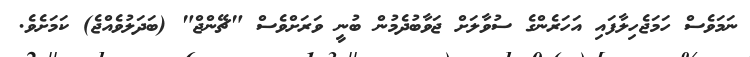
ނަމަވެސް ހަމަޖެހިލާފައި އަހަރެންގެ ސުވާލަށް ޖަވާބުދެމުން ބުނީ ވަރަށްވެސް "ޗޭންޖް" (ބަދަލުވެއްޖެ) ކަމަށެވެ.